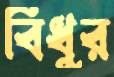
বিধুর